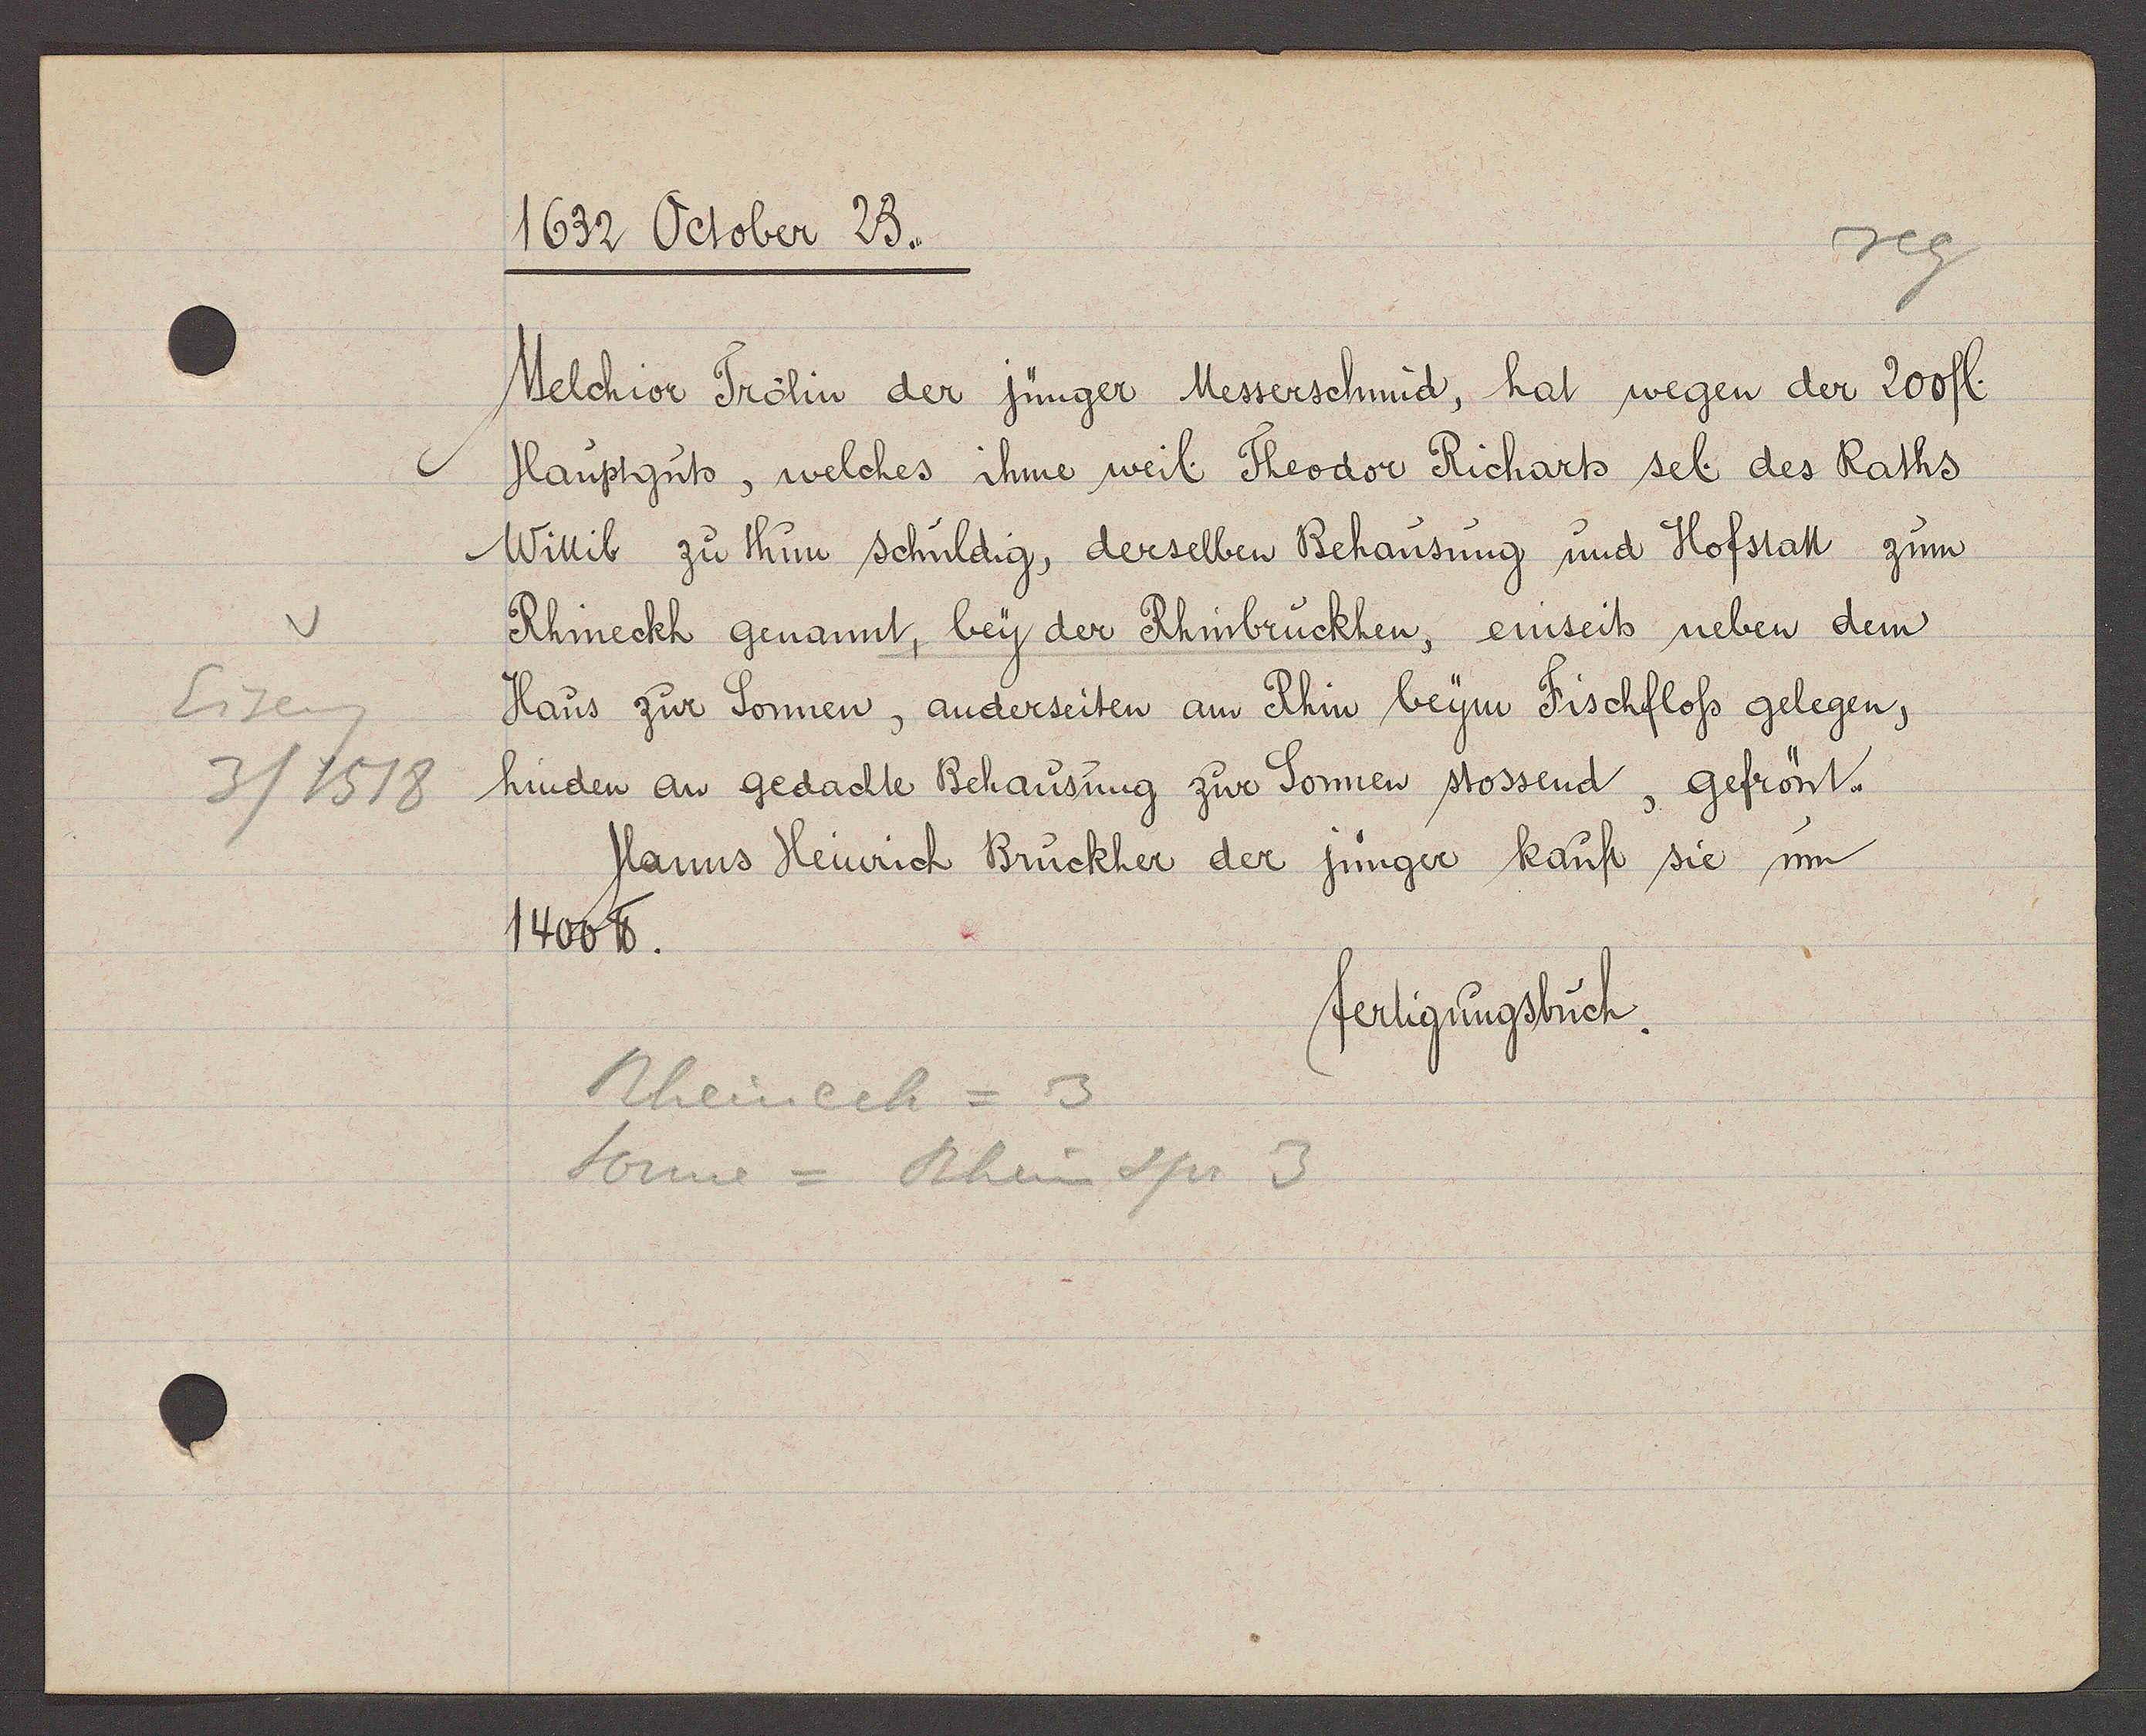
Transcript:
Eiseng
3/1518

1632 October 23.

Melchior Trölin der jünger Messerschmid, hat wegen der 200 fl.
Hauptguts, welches ihme weil. Theodor Richarts sel. des Raths
Wittib zu thun schuldig, derselben Behausung und Hofstatt zum
Rhineckh genannt, bey der Rhinbruckhen, einseits neben dem
Haus zur Sonnen, anderseiten am Rhin beym Fischfloss gelegen,
hinden an gedachte Behausung zur Sonnen stossend, gefrönt.
Hanns Heinrich Brückher der jünger kauft sie im
1400 ℔.

fertigungsbuch.

Rheinech = 3
Sonne = Rheinspr 3